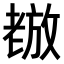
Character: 𫅵